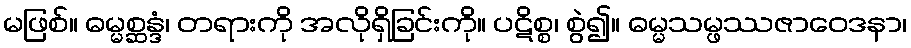
မဖြစ်။ ဓမ္မစ္ဆန္ဒံ၊ တရားကို အလိုရှိခြင်းကို။ ပဋိစ္စ၊ စွဲ၍။ ဓမ္မသမ္ဖဿဇာဝေဒနာ၊